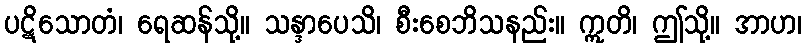
ပဋိသောတံ၊ ရေဆန်သို့။ သန္ဒာပေသိ၊ စီးစေဘိသနည်း။ ဣတိ၊ ဤသို့။ အာဟ၊